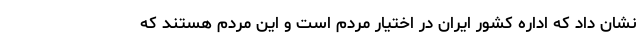
نشان داد که اداره کشور ایران در اختیار مردم است و این مردم هستند که